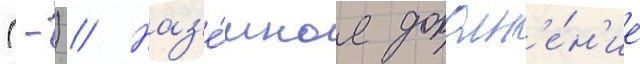
(-) // Наз'е́мное дополн'е́н'ие